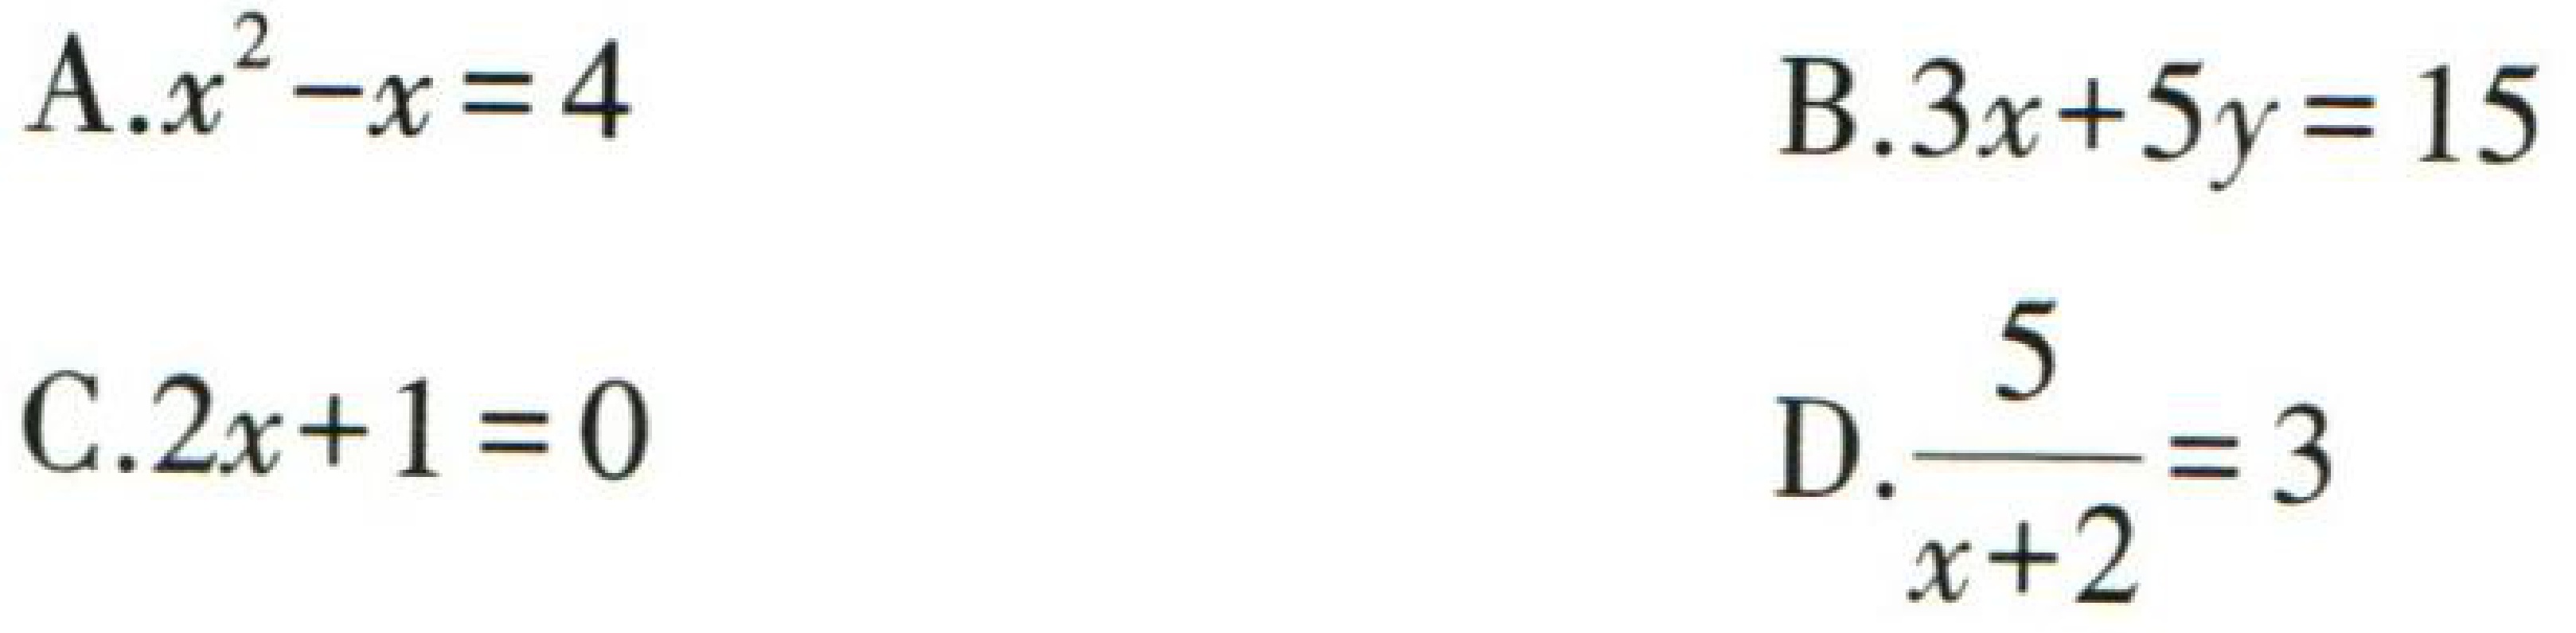
A.$x^{2}-x = 4$  B.$3x + 5y = 15$  C.$2x + 1 = 0$  D.$\frac{5}{x + 2}=3$